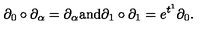
\partial _ { 0 } \circ \partial _ { \alpha } = \partial _ { \alpha } \mathrm { a n d } \partial _ { 1 } \circ \partial _ { 1 } = e ^ { t ^ { 1 } } \partial _ { 0 } .